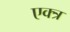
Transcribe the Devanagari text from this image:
एक्त्र